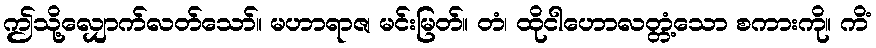
ဤသို့လျှောက်လတ်သော်။ မဟာရာဇ၊ မင်းမြတ်။ တံ၊ ထိုငါဟောလတ္တံ့သော စကားကို။ ကိံ